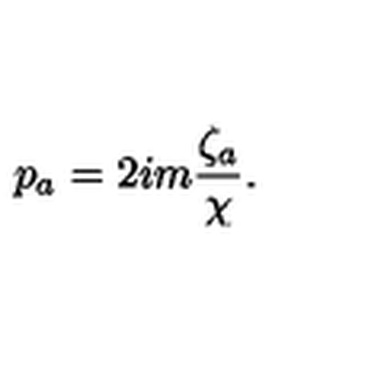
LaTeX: p _ { a } = 2 i m \frac { \zeta _ { a } } { \chi } .